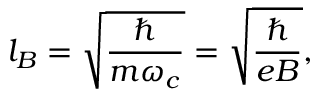
l _ { B } = \sqrt { \frac { \hbar } { m \omega _ { c } } } = \sqrt { \frac { \hbar } { e B } } ,